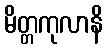
မိတ္တကုလာနိ